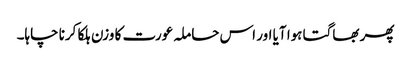
پھر بھاگتا ہوا آیا اور اس حاملہ عورت کا وزن ہلکا کرنا چاہا۔